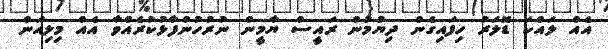
އެއް ލައްކަ ޑޮލަރު ހިފައިގެން ދިޔުމުން ރައީސް ޔާމީން ނުރުހުންފާޅުކުރެއްވާ އެއް މިލިއަން